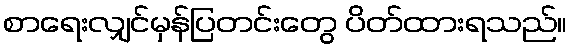
စာရေးလျှင်မှန်ပြတင်းတွေ ပိတ်ထားရသည်။